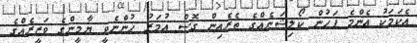
އެކަމަކު އެންމެ ފަހުން ކޯލިޝަނެއްގެ ތެރެއިން ގޮސް އުމަރު ހުންނެވީ ޔާމީންގެ ވަޒީރެއްގެ